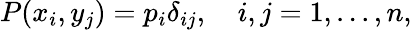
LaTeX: \begin{array}{r}{P(x_{i},y_{j})=p_{i}\delta_{ij},\quad i,j=1,...,n,}\end{array}